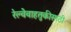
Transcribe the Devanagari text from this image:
रेल्वेवाहतुकीसाठी